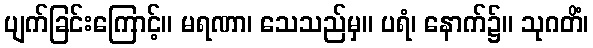
ပျက်ခြင်းကြောင့်။ မရဏာ၊ သေသည်မှ။ ပရံ၊ နောက်၌။ သုဂတိံ၊